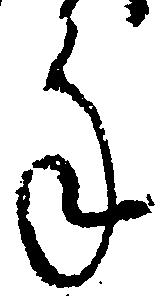
年